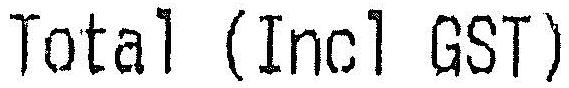
TOTAL (INCL GST)